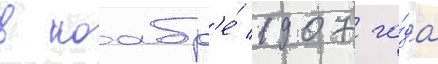
в ноабр'е́ 1907 го́да